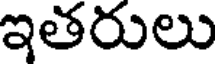
ఇతరులు